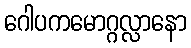
ဂေါပကမောဂ္ဂလ္လာနော